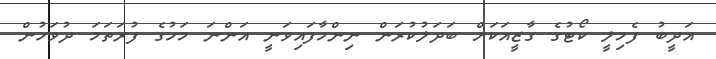
އަދީބު ފެމިލީ ކޯޓުގެ ގާޒީއަކަށް ބަދަލުކުރަން ނިންމާފައިވަނީ އަންނަ މަހުގެ ފުރަތަމަ ދުވަހުން